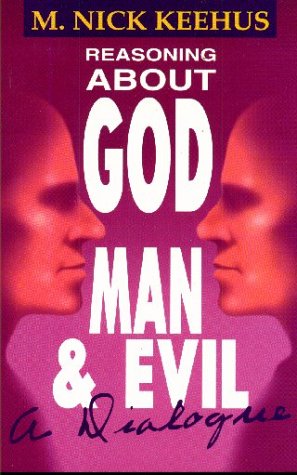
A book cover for Reasoning About God, Man and Evil; M. Nick Keehus; Religion & Spirituality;